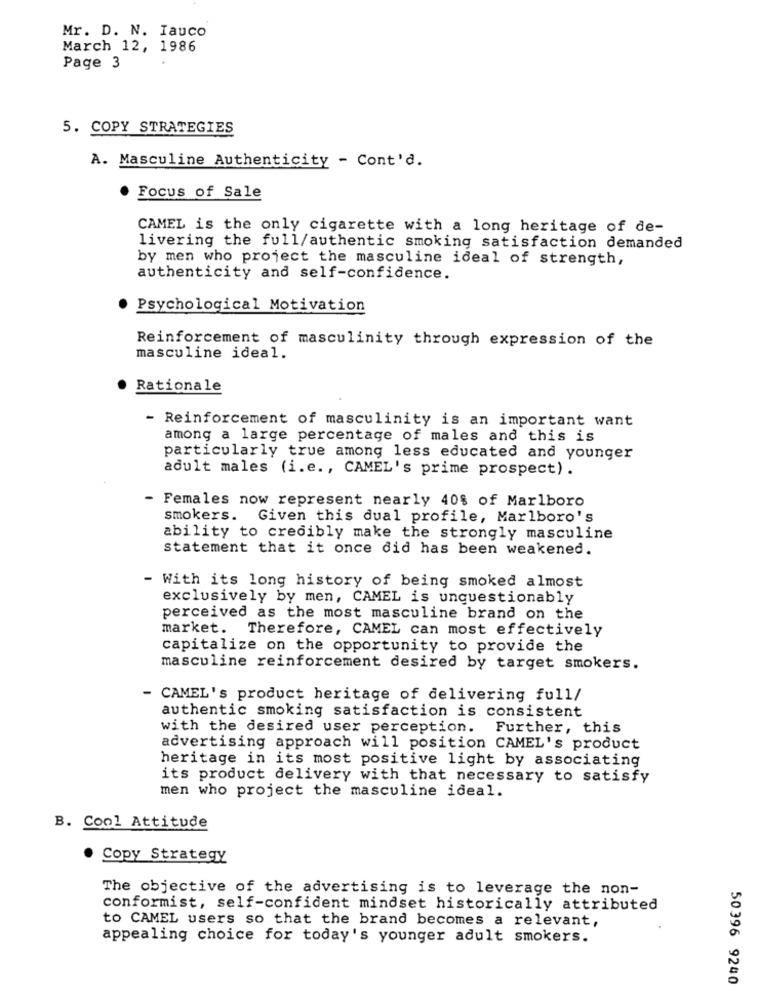
Mr. D. N. Iauco
March 12, 1986
Page 3
5. COPY STRATEGIES
A. Masculine Authenticity - Cont'd.
Focus of Sale
CAMEL is the only cigarette with a long heritage of de-
livering the full/authentic smoking satisfaction demanded
by men who project the masculine ideal of strength,
authenticity and self-confidence.
Psychological Motivation
Reinforcement of masculinity through expression of the
masculine ideal.
Rationale
- Reinforcement of masculinity is an important want
among a large percentage of males and this is
particularly true among less educated and younger
adult males (i.e ., CAMEL's prime prospect) .
- Females now represent nearly 40% of Marlboro
smokers. Given this dual profile, Marlboro's
ability to credibly make the strongly masculine
statement that it once did has been weakened.
- With its long history of being smoked almost
exclusively by men, CAMEL is unquestionably
perceived as the most masculine brand on the
market.
Therefore, CAMEL can most effectively
capitalize on the opportunity to provide the
masculine reinforcement desired by target smokers.
- CAMEL's product heritage of delivering full/
authentic smoking satisfaction is consistent
with the desired user perception. Further, this
advertising approach will position CAMEL's product
heritage in its most positive light by associating
its product delivery with that necessary to satisfy
men who project the masculine ideal.
B. Cool Attitude
· Copy Strategy
The objective of the advertising is to leverage the non-
conformist, self-confident mindset historically attributed
to CAMEL users so that the brand becomes a relevant,
appealing choice for today's younger adult smokers.
50396 9240